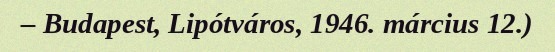
– Budapest, Lipótváros, 1946. március 12.)